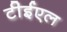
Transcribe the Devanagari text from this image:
टीईएल